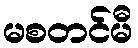
မစတင်မီ